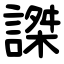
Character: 謋